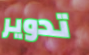
تدوير